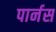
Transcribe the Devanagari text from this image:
पार्नस